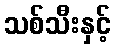
သစ်သီးနှင့်